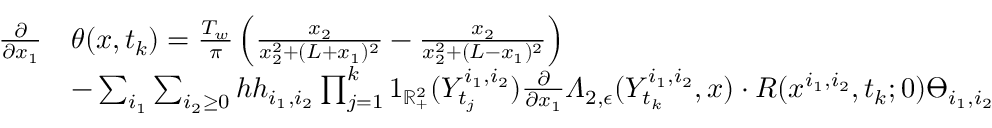
\begin{array} { r l } { \frac { \partial } { \partial x _ { 1 } } } & { \theta ( x , t _ { k } ) = \frac { T _ { w } } { \pi } \left( \frac { x _ { 2 } } { x _ { 2 } ^ { 2 } + ( L + x _ { 1 } ) ^ { 2 } } - \frac { x _ { 2 } } { x _ { 2 } ^ { 2 } + ( L - x _ { 1 } ) ^ { 2 } } \right) } \\ & { - \sum _ { i _ { 1 } } \sum _ { i _ { 2 } \geq 0 } h h _ { i _ { 1 } , i _ { 2 } } \prod _ { j = 1 } ^ { k } 1 _ { \mathbb { R } _ { + } ^ { 2 } } ( Y _ { t _ { j } } ^ { i _ { 1 } , i _ { 2 } } ) \frac { \partial } { \partial x _ { 1 } } \varLambda _ { 2 , \epsilon } ( Y _ { t _ { k } } ^ { i _ { 1 } , i _ { 2 } } , x ) \cdot R ( x ^ { i _ { 1 } , i _ { 2 } } , t _ { k } ; 0 ) \varTheta _ { i _ { 1 } , i _ { 2 } } } \end{array}